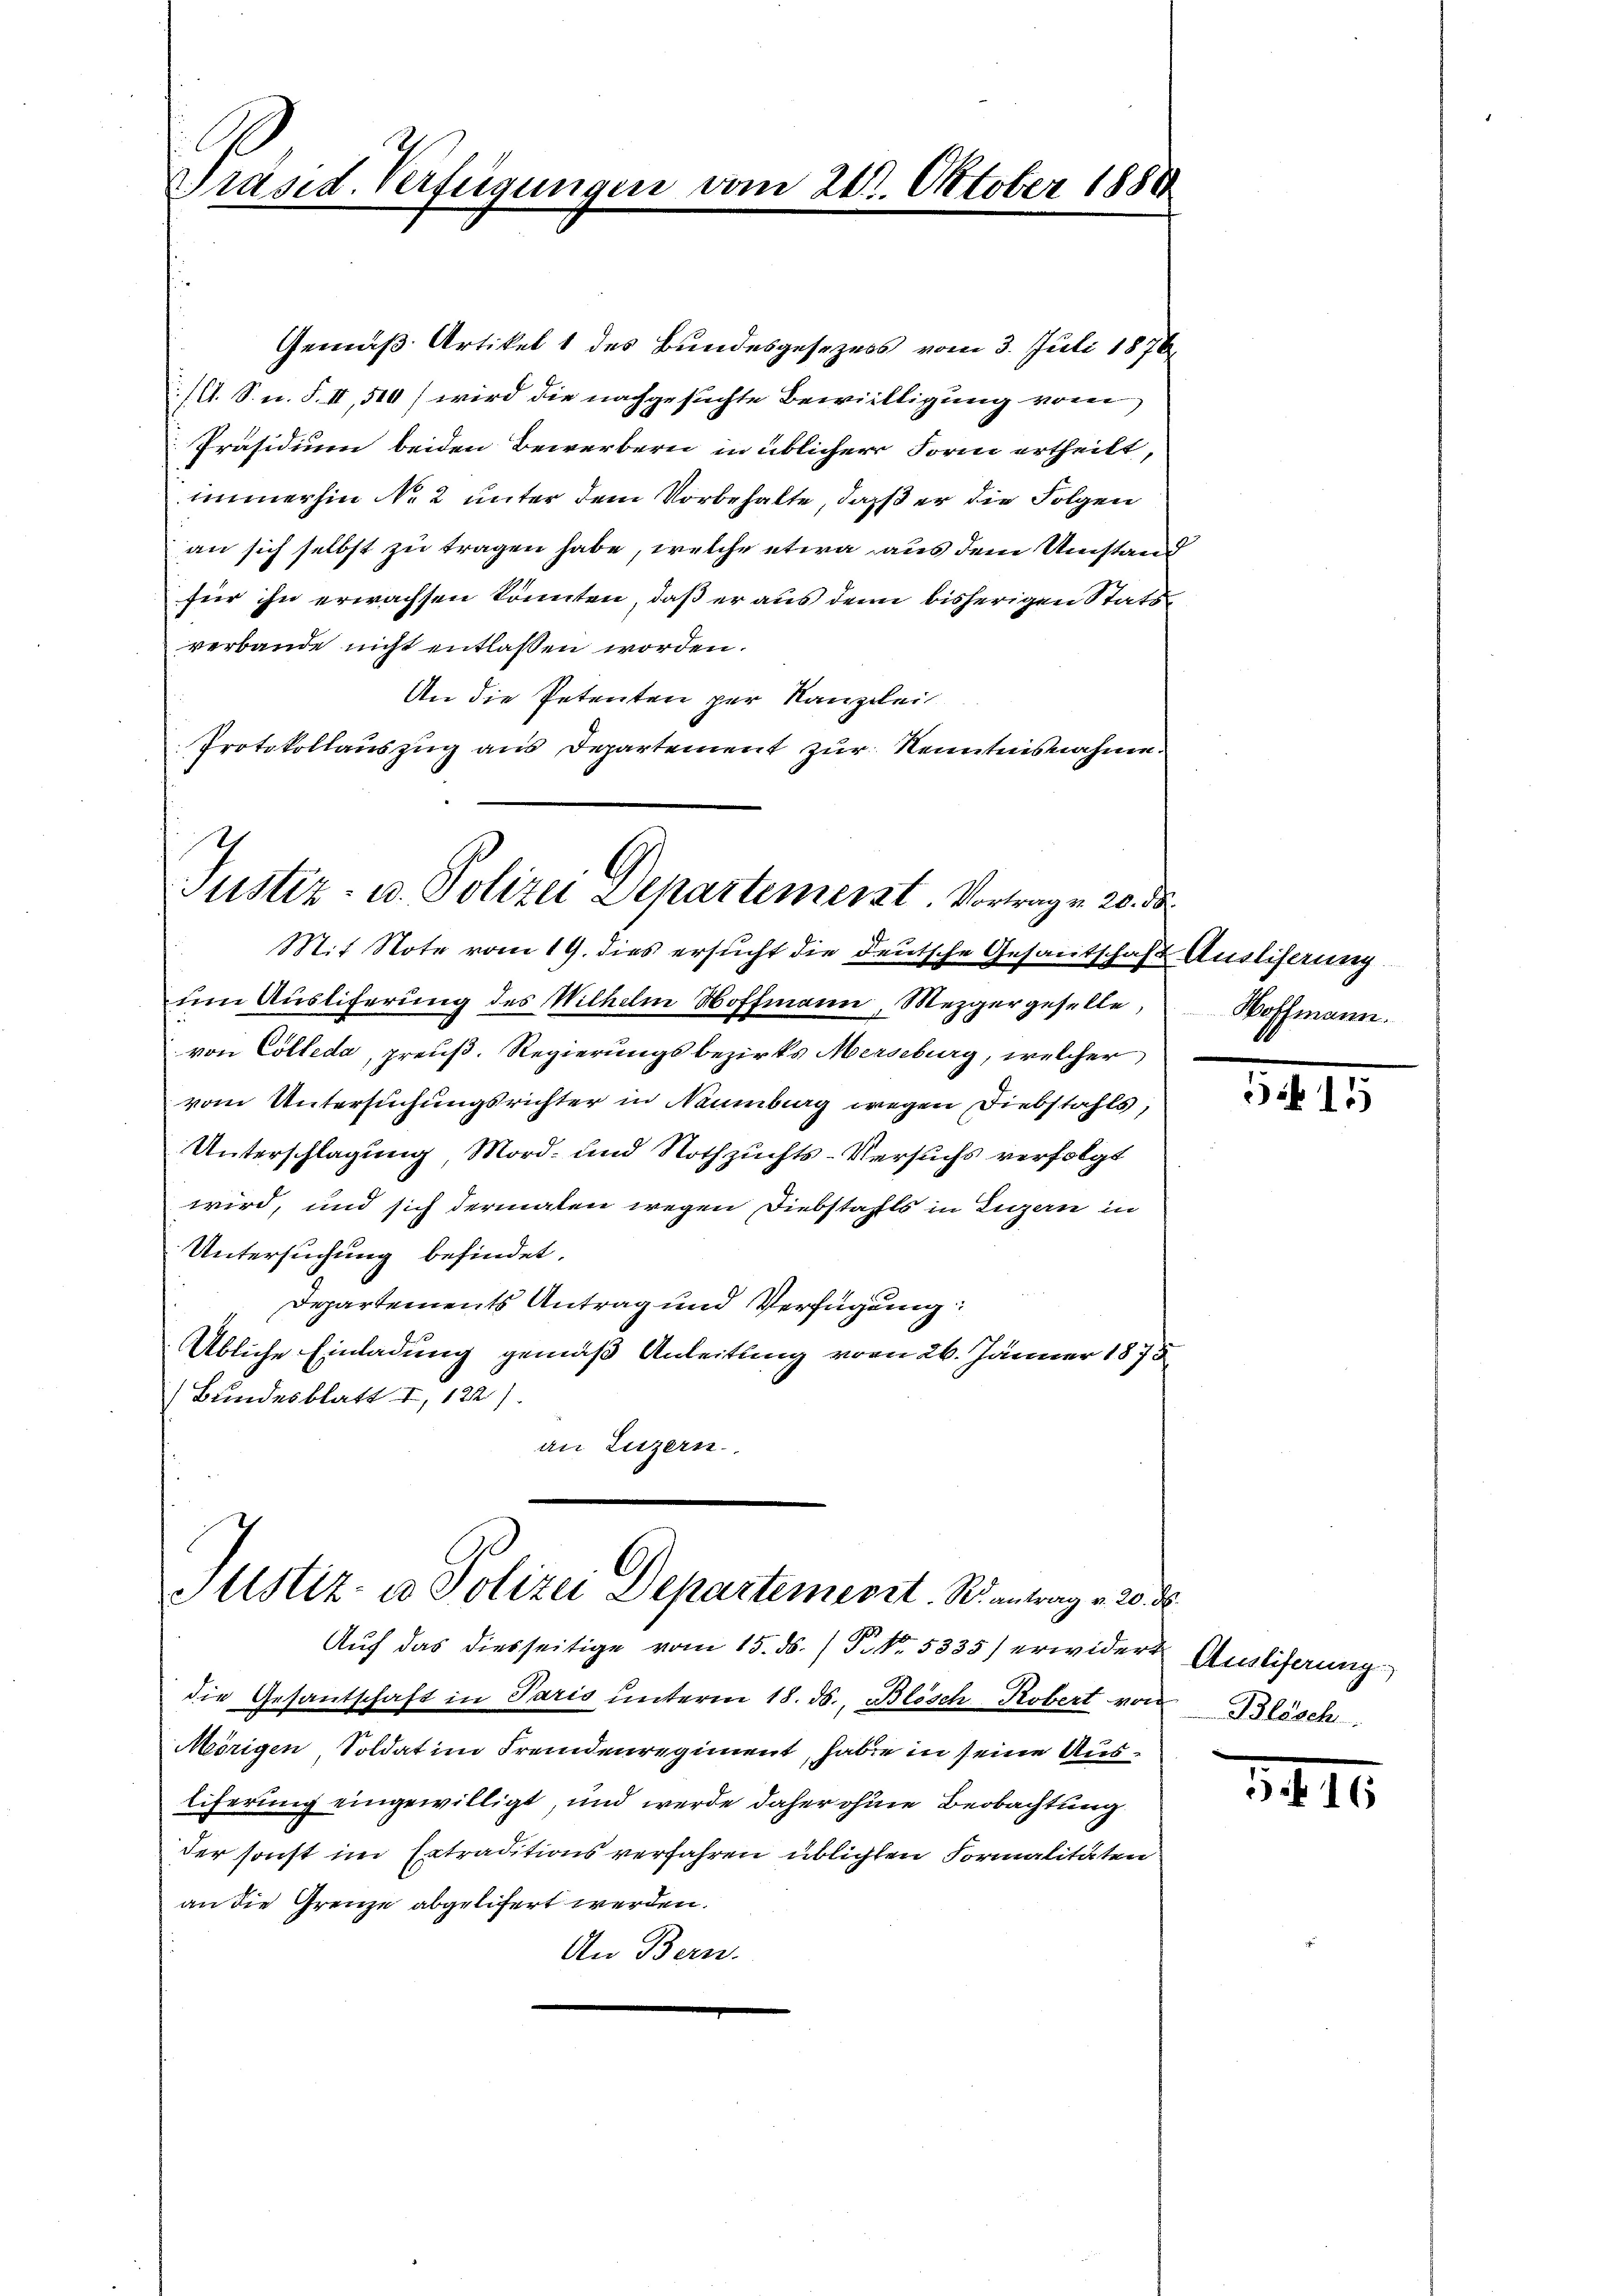
Präsid. Verfügungen vom 21. Oktober 1888

Gemäß Artikel 1 des Bundesgesezess vom 3. Juli 1876
/A. S. n. F. II, 510) wird die nachgesuchte Bewilligung vom
Präsidium beiden Bewerbern in üblicher Form ertheilt,
immerhin Nr. 2 unter dem Vorbehalte, daß er die Folgen
an sich selbst zu tragen habe, welche etwa aus dem Umstand
für ihn erwachsen könnten, daß er aus den bisherigen Stats
verbande nicht entlassen worden.
An die Petenten per Kanzlei
Protokollauszug aus Departement zur Kenntnisnahme

Justiz- u. Polizei Departemenst. Vortragen 20. ds.

Mit Note vom 19. dies ersucht die deutsche Gesantschaft Ausliserung
um Ausliferung des Wilhelm Hoffmann, Mezgergeselle,
von Colleda, preuß. Regierungsbezirks Merseburg, welcher
vom Untersuchungsrichter in Naumburg wegen Diebstahls,
Unterschlagung, Mord- und Nothzuchts-Versuchs verfolgt
wird, und sich dermalen wegen Diebstahls in Luzern in
Untersuchung befindet.
Departements Antrag und Verfügung:
Übliche Einladung gemäß Anleitung vom 26. Jänner 1875
Bundesblatt I, 122)
an Luzern

.
Justiz- u Polizei Departemerzt. So antrag v. 20.

Auf das diesseitige vom 15. ds. / P. Nr. 5335) erwidert Auslieferung
die Gesantschaft in Paris ŭnterm 18. ds., Blösch Robert von Blösch
Mörigen, Soldat im Fremdenregiment, haben in seine Ausliferung eingewilligt, und werde daher ohne Beobachtung
der sonst im Extraditions verfahren üblichten Formalitäten
an die Grenze abgeliert werden.
An Bern.

Hoffmann.

-

¬

14.II.